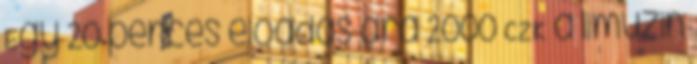
Egy 20 perces előadás ára 2000 CZK a limuzin